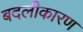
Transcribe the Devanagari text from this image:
बदलीकारण